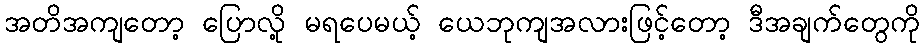
အတိအကျတော့ ပြောလို့ မရပေမယ့် ယေဘုကျအလားဖြင့်တော့ ဒီအချက်တွေကို